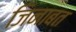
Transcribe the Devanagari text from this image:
जिनाबत